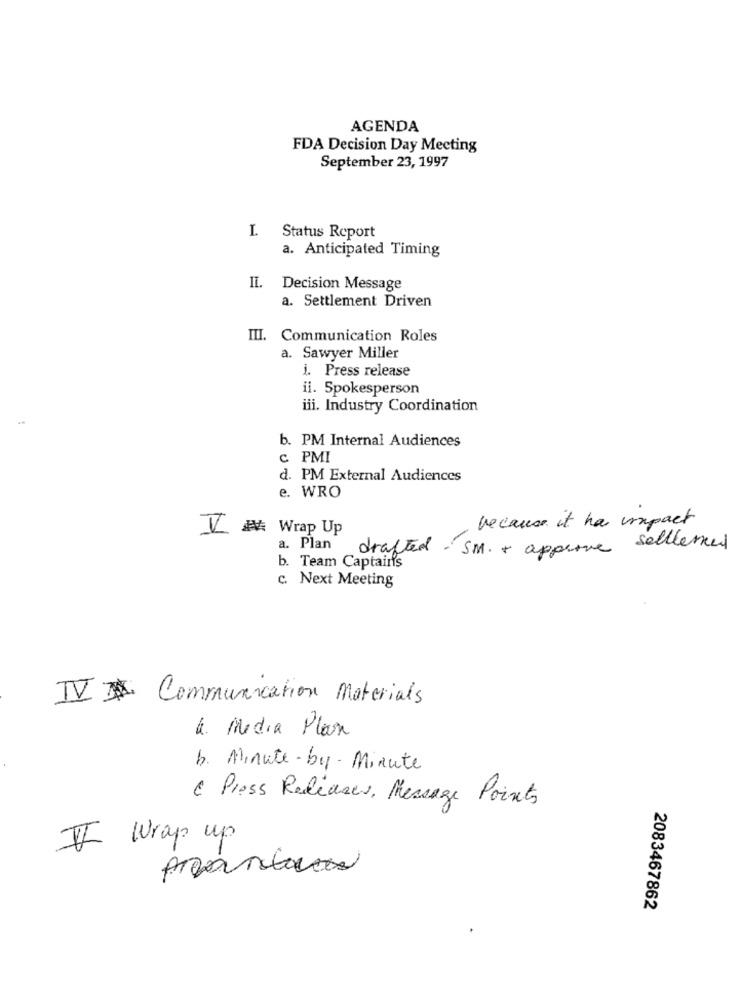
AGENDA
FDA Decision Day Meeting
September 23, 1997
L Status Report
a. Anticipated Timing
II. Decision Message
a. Settlement Driven
III. Communication Roles
a. Sawyer Miller
i. Press release
il. Spokesperson
iii. Industry Coordination
b. PM Internal Audiences
C PMI
d. PM External Audiences
e. WRO
because it ha impact
IV Wrap Up
a. Plan drafted SM. + approve selllermed
b. Team Captain's
c. Next Meeting
IV Communication Materials
4. Media Plan
b. Minute-by- Minute
C Press Releases, Message Points
II Wrap up
presentamos
2083467862